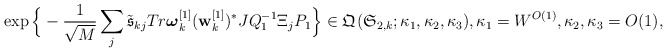
\begin{align*}&\exp\Big{\{} -\frac{1}{\sqrt{M}}\sum_{j}\tilde{\mathfrak{s}}_{kj} Tr\boldsymbol{\omega}_k^{[1]}(\mathbf{w}_k^{[1]})^* JQ_1^{-1}\Xi_j P_1 \Big{\}}\in \mathfrak{Q}_{}(\mathfrak{S}_{2,k}; \kappa_1,\kappa_2,\kappa_3), \kappa_1=W^{O(1)},\kappa_2, \kappa_3=O(1), \\&~\end{align*}